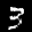
Label: 3